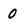
Character: 0